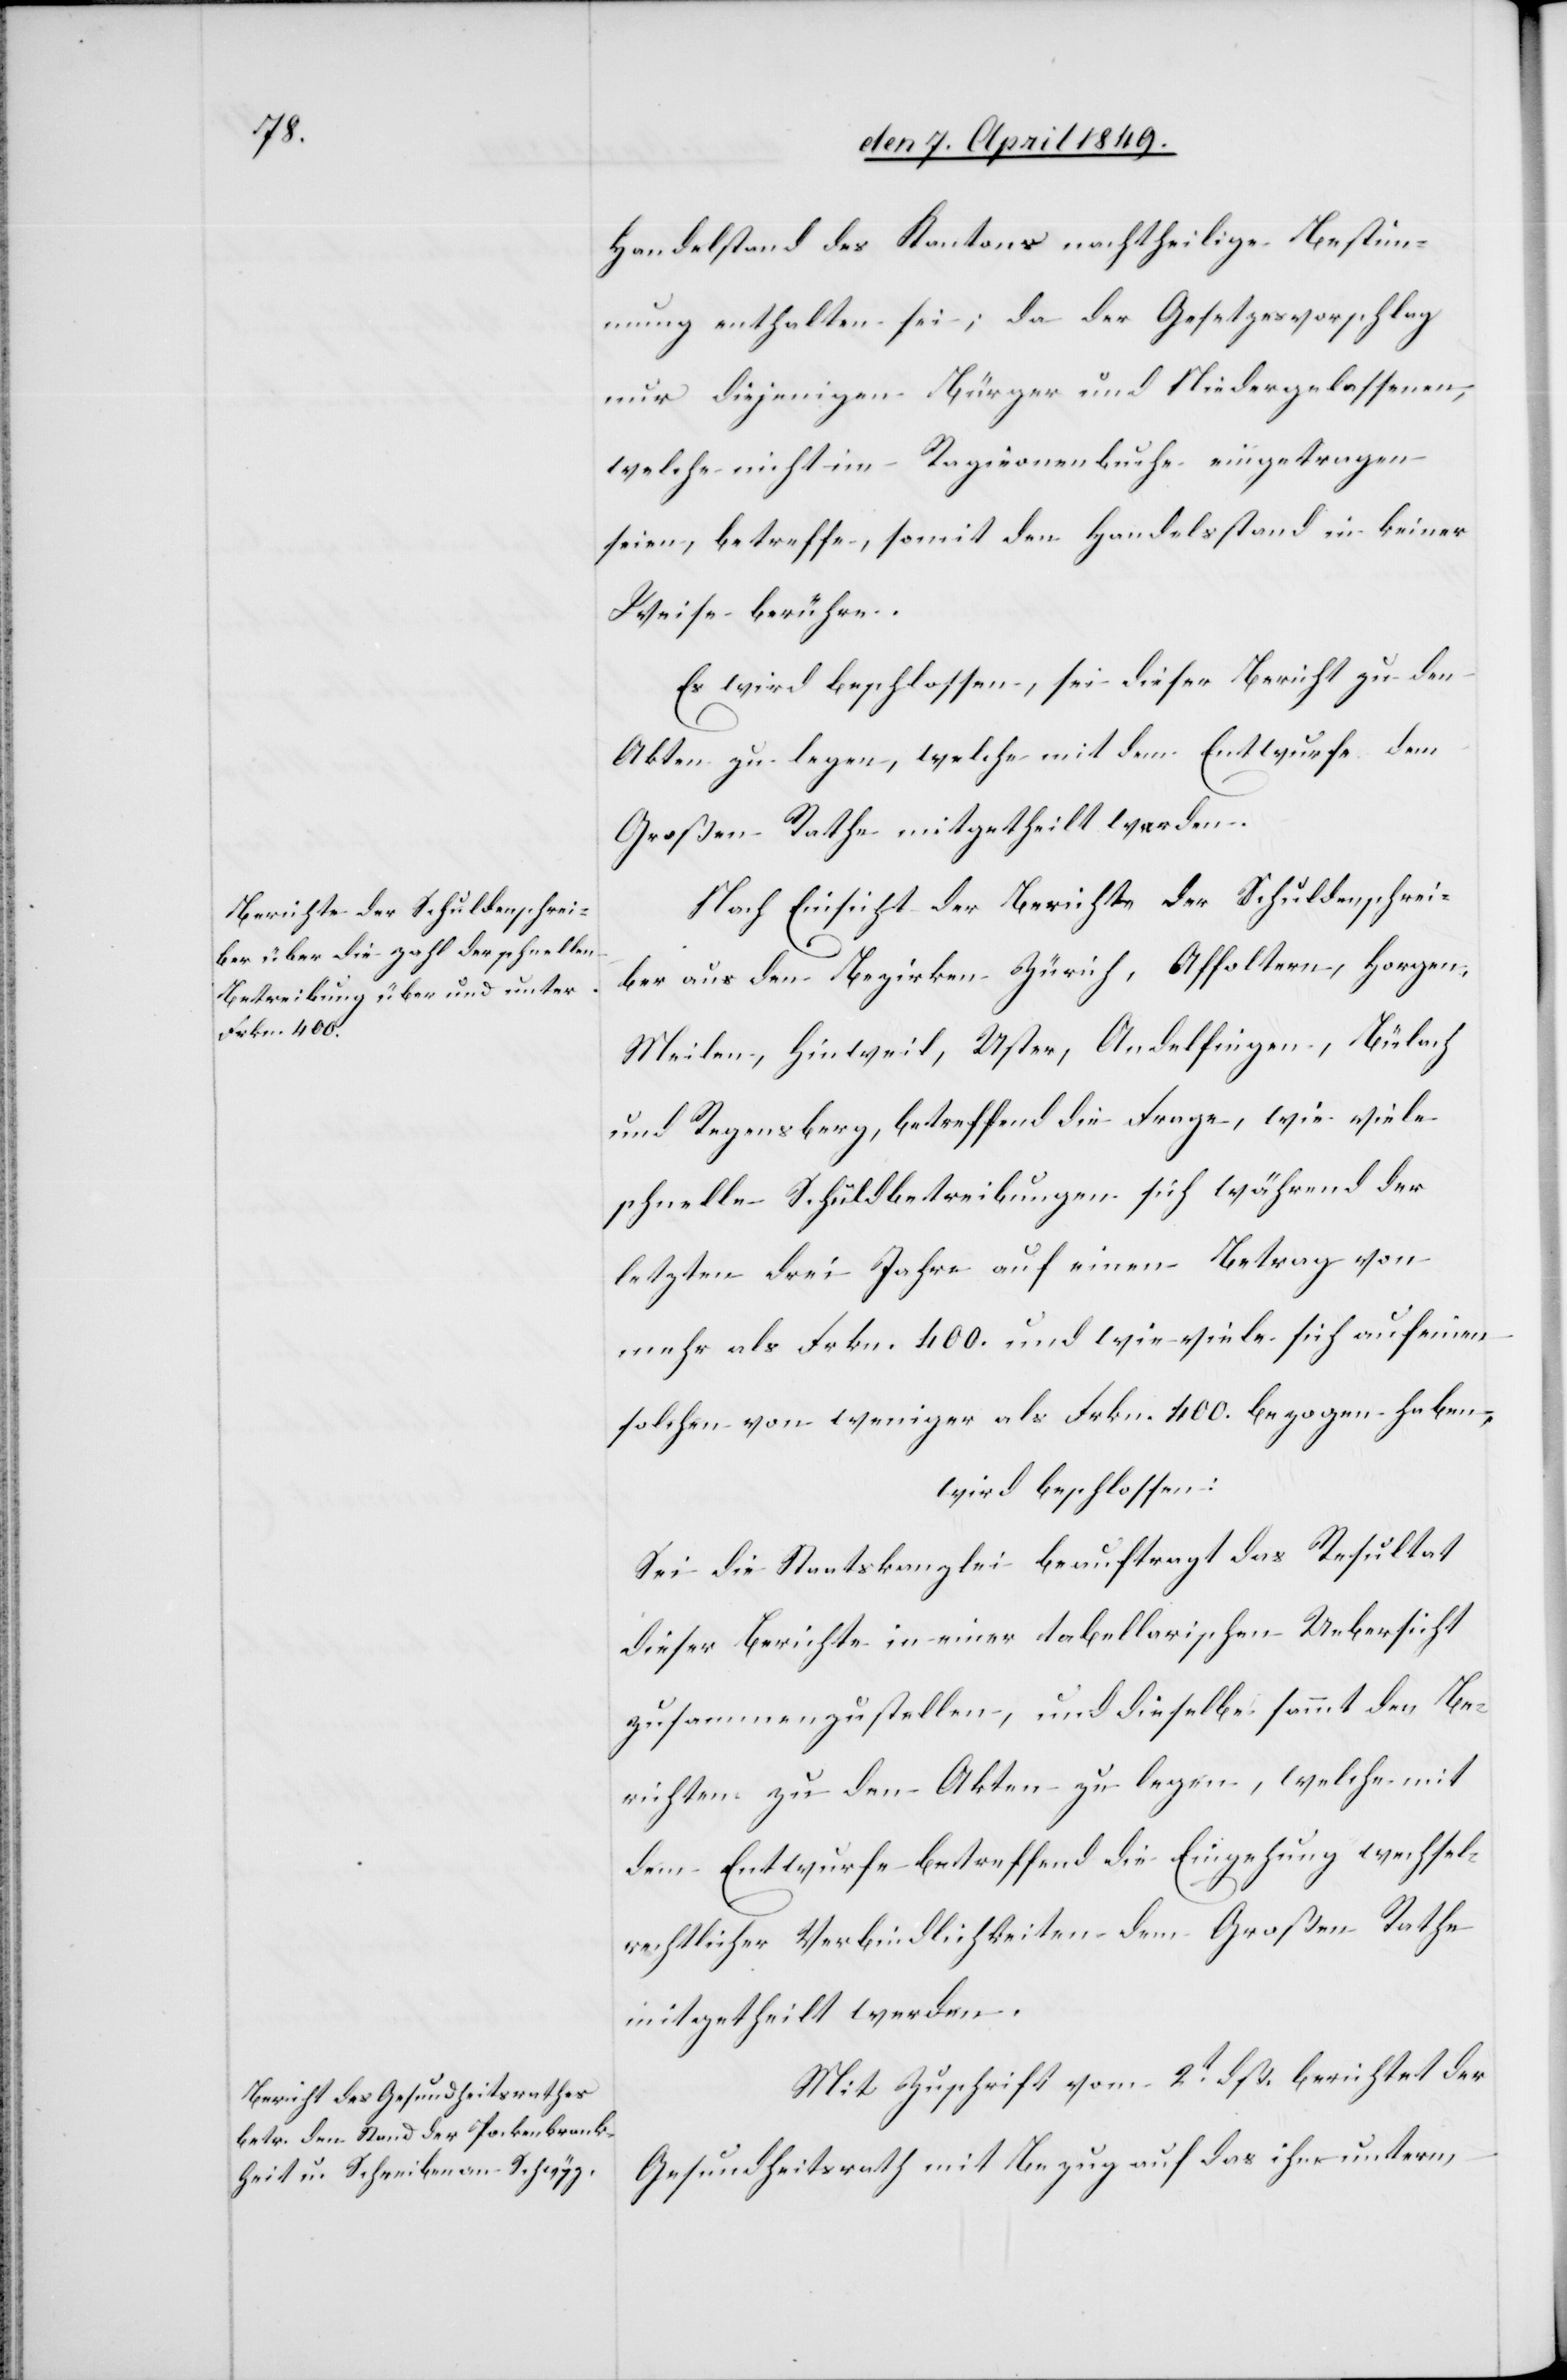
Handelstand des Kantons nachtheilige Bestim¬
mung enthalten sei; da der Gesetzesvorschlag
nur diejenigen Bürger und Niedergelassenen,
welche nicht im Ragionenbuche eingetragen
seien, betreffe, somit den Handelsstand in keiner
Weise berühre.
Es wird beschlossen, sei dieser Bericht zu den
Akten zu legen, welche mit dem Entwurfe dem
Großen Rathe mitgetheilt werden.
Nach Einsicht der Berichte der Schuldenschrei¬
ber aus den Bezirken Zürich, Affoltern, Horgen,
Meilen, Hinweil, Uster, Andelfingen, Bülach
und Regensberg, betreffend die Frage, wie viele
schnelle Schuldbetreibungen sich während der
letzten drei Jahre auf einen Betrag von
mehr als Frkn. 400. und wie viele sich auf einem
solchen von weniger als Frkn. 400. bezogen haben,
wird beschlossen:
Sei die Staatskanzlei beauftragt das Resultat
dieser Berichte in einer tabellarischen Uebersicht
zusammenzustellen, und dieselbe sammt den Be¬
richten zu den Akten zu legen, welche mit
dem Entwurfe betreffend die Eingehung wechsel¬
rechtlicher Verbindlichkeiten dem Großen Rathe
mitgetheilt werden.
Mit Zuschrift vom 2t dß. berichtet der
Gesundheitsrath mit Bezug auf das ihm unterm